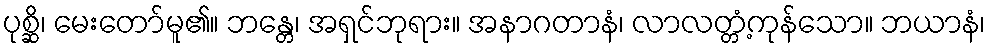
ပုစ္ဆိ၊ မေးတော်မူ၏။ ဘန္တေ၊ အရှင်ဘုရား။ အနာဂတာနံ၊ လာလတ္တံ့ကုန်သော။ ဘယာနံ၊